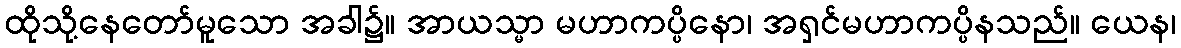
ထိုသို့နေတော်မူသော အခါ၌။ အာယသ္မာ မဟာကပ္ပိနော၊ အရှင်မဟာကပ္ပိနသည်။ ယေန၊